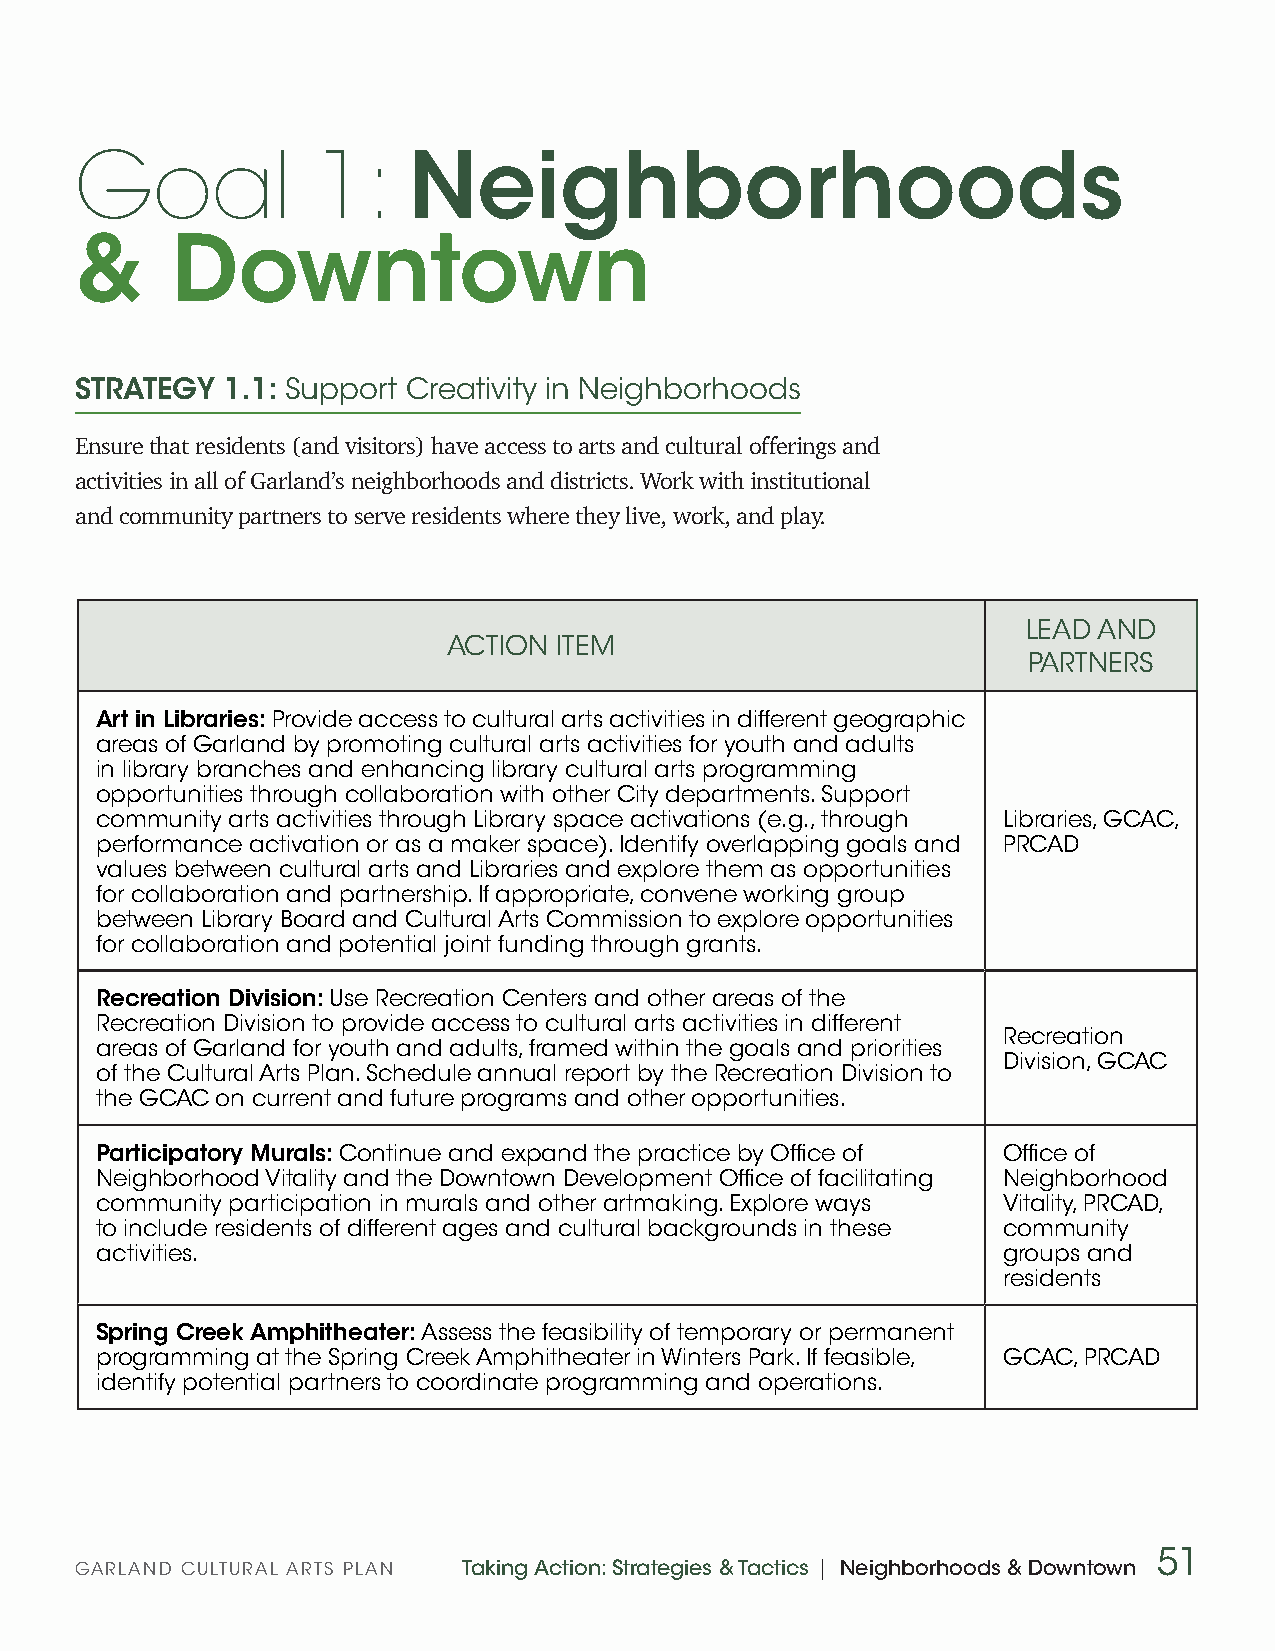
Goal            1:    Neighborhoods
 &     Downtown
 STRATEGY  1.1: Support Creativity in Neighborhoods
 Ensure that residents (and visitors) have access to arts and cultural offerings and
 activities in all of Garland’s neighborhoods and districts. Work with institutional
 and community partners to serve residents where they live, work, and play.
 LEAD AND
 ACTION ITEM
 PARTNERS
 Art in Libraries: Provide access to cultural arts activities in different geographic
 areas of Garland by promoting cultural arts activities for youth and adults
 in library branches and enhancing library cultural arts programming
 opportunities through collaboration with other City departments. Support
 community arts activities through Library space activations (e.g., through Libraries, GCAC,
 performance activation or as a maker space). Identify overlapping goals and PRCAD
 values between cultural arts and Libraries and explore them as opportunities
 for collaboration and partnership. If appropriate, convene working group
 between Library Board and Cultural Arts Commission to explore opportunities
 for collaboration and potential joint funding through grants.
 Recreation Division: Use Recreation Centers and other areas of the
 Recreation Division to provide access to cultural arts activities in different
 Recreation
 areas of Garland for youth and adults, framed within the goals and priorities
 Division, GCAC
 of the Cultural Arts Plan. Schedule annual report by the Recreation Division to
 the GCAC on current and future programs and other opportunities.
 Participatory Murals: Continue and expand the practice by Office of Office of
 Neighborhood Vitality and the Downtown Development Office of facilitating Neighborhood
 community participation in murals and other artmaking. Explore ways Vitality, PRCAD,
 to include residents of different ages and cultural backgrounds in these community
 activities.                                                 groups and
 residents
 Spring Creek Amphitheater: Assess the feasibility of temporary or permanent
 programming at the Spring Creek Amphitheater in Winters Park. If feasible, GCAC, PRCAD
 identify potential partners to coordinate programming and operations.
 51
 GARLAND CULTURAL ARTS PLAN Taking Action: Strategies & Tactics | Neighborhoods & Downtown